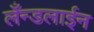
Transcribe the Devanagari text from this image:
लँन्डलाईन